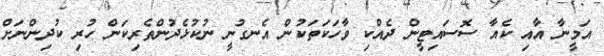
އަމީނާ އާއި ކެއާ ސޮސައިޓީން ދެއްކި ވާހަކަތަކުން އެނގުނީ ނުކުޅެދުންތެރިކަން ހުރި ކުދިންނަށް